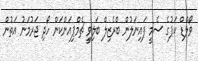
ވޯލްޑް ކަޕުގެ ސެމީ ފައިނަލުން ބްރެޒިލް ބަލިވީ ޗެމްޕިއަންކަން ހޯދި ޖަރުމަނު އަތުން